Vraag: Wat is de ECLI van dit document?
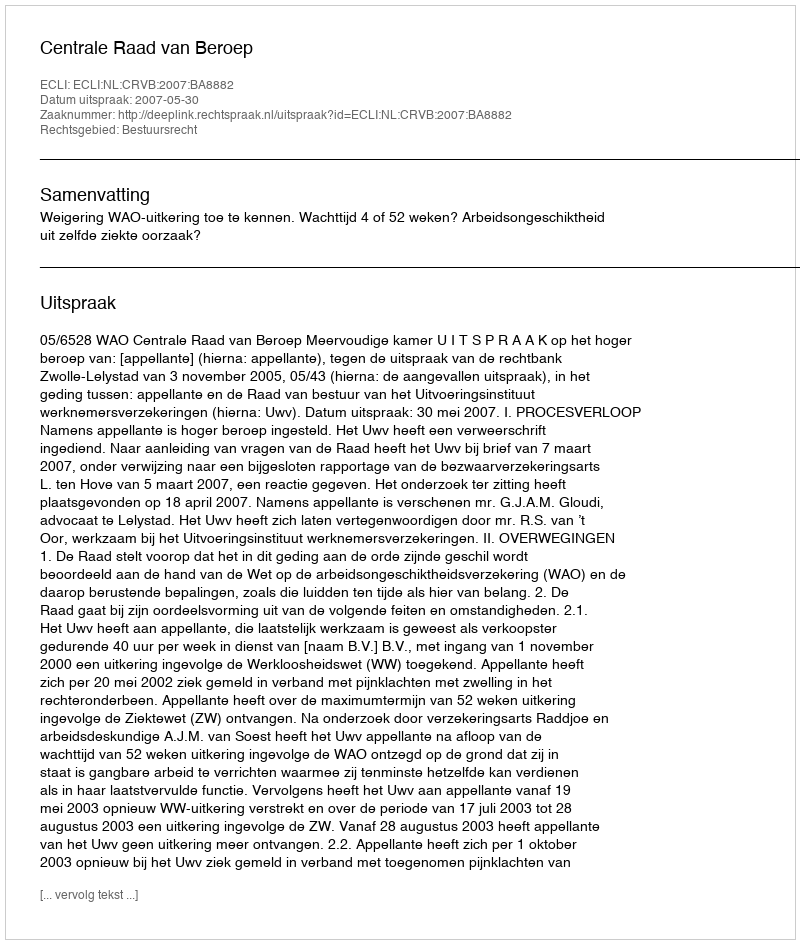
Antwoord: ECLI:NL:CRVB:2007:BA8882